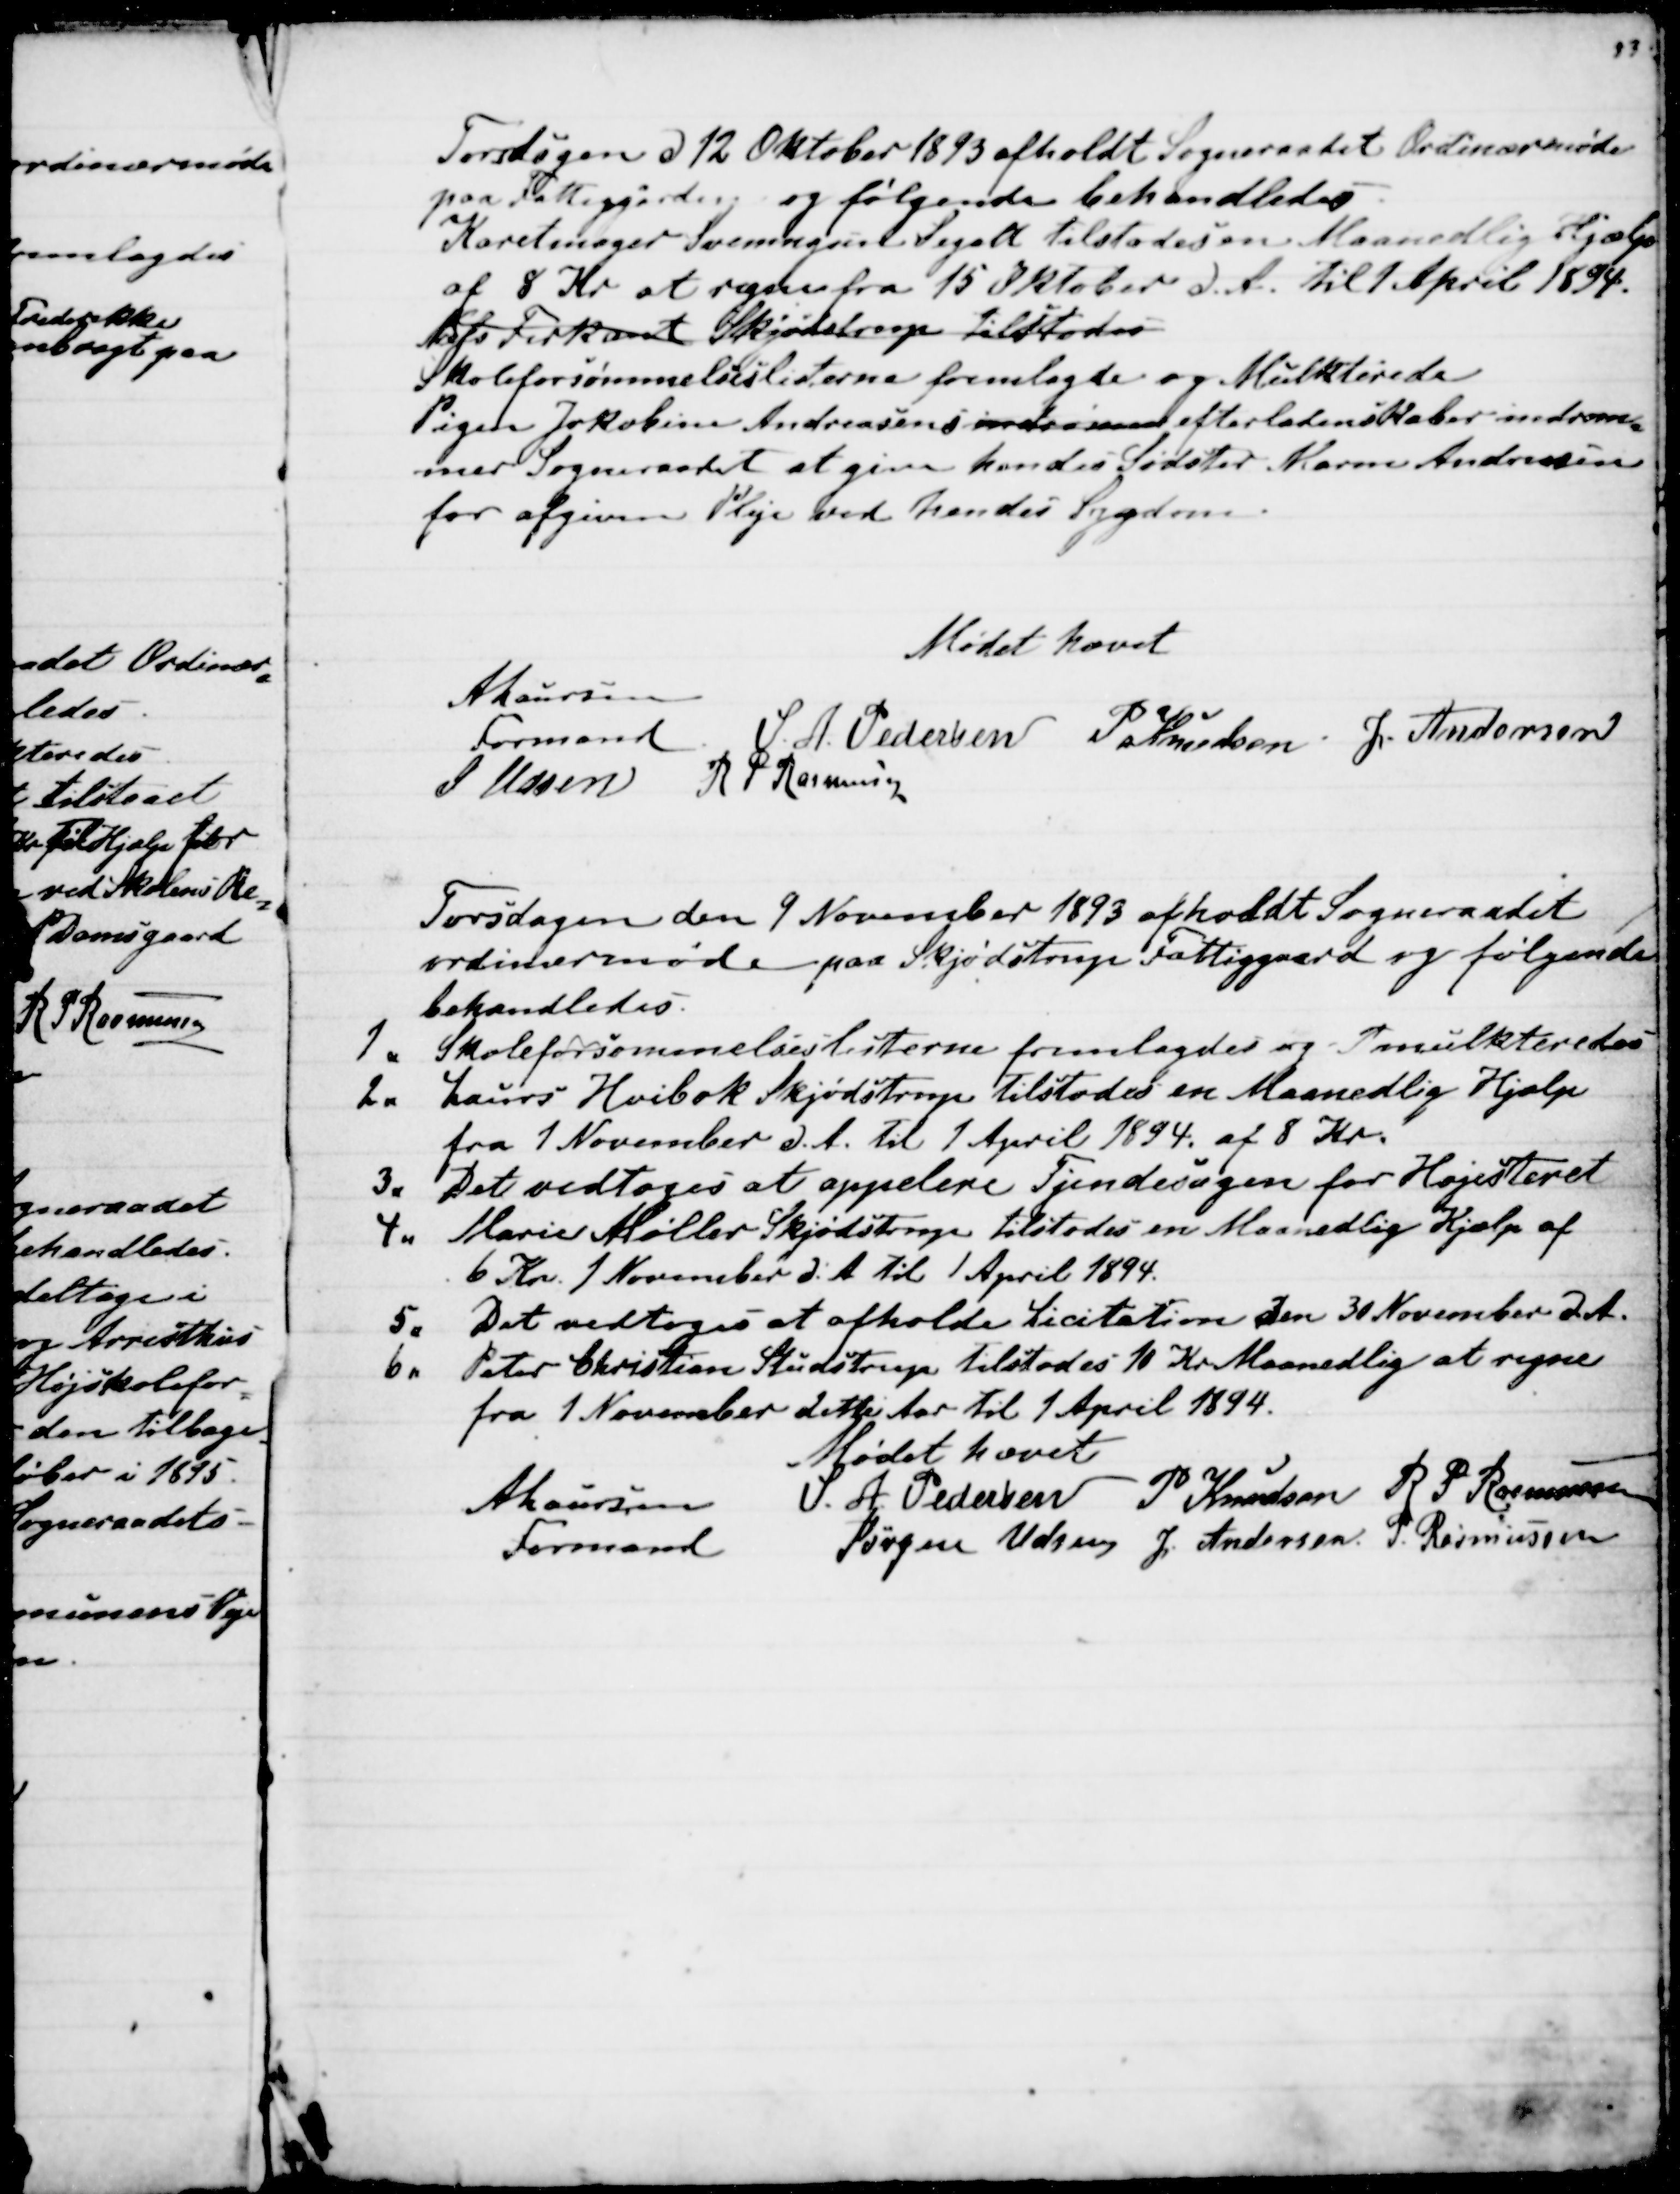
Transskription:
Torsdagen d 12 Oktober 1893 afholdt Sogneraadet Ordinærmøde
paa Fattiggården og følgende behandledes.
Karetmager Svenningsen Segalt tilstodes en Maanedlig Hjælp
af 8 Kr at regne fra 15 Oktober d. A. til 1. April 1894.
Niels Firkant Skjødstrup tilstodes
Skoleforsømmelseslisterne fremlagde og Mulkterede
Pigen Jakobine Andreasens indrømme efterladenskaber indrøm
=
mer Sogneraadet at give hendes Sødster Maren Andreasen
for afgiven Pleje ved hendes Sygdom.
Mødet hævet
A Laursen
Formand
S. A. Pedersen
P Knudsen
J. Andersen
J Udsen
R P Rasmussen

Torsdagen den 9 November 1893 afholdt Sogneraadet
ordinærmøde paa Skjødstrup Fattiggaard og følgende
behandledes.
1. Skoleforsømmelseslisterne fremlagdes og T mulkteredes
2. Laurs Hvibok Skjødstrup tilstodes en Maanedlig Hjælp
fra 1 November d. A. til 1 April 1894. af 8 Kr.
3. Det vedtoges at appelere Tjendesagen for Højesteret
4. Marie Møller Skjødstrup tilstodes en Maanedlig Hjælp af
6 Kr. 1 November d. A. til 1 April 1894.
5. Det vedtoges at afholde Licitation den 30 November d. A.
6. Peter Christian Studstrup tilstodes 10 Kr Maanedlig at regne
fra 1 November dette Aar til 1 April 1894.
Mødet hævet
A Laursen
Formand
S. A. Pedersen
P Knudsen
R P Rasmussen
Jørgen Udsen
J. Andersen.
P. Rasmussen